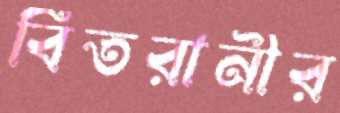
বিতরানীর